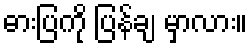
ဓားပြကို ပြန်ချ မှာလား။